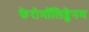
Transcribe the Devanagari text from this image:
फेरोमॉलिब्डेनम